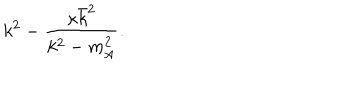
k ^ { 2 } - \frac { \kappa \bar { k } ^ { 2 } } { k ^ { 2 } - m _ { \mathrm { A } } ^ { 2 } } .